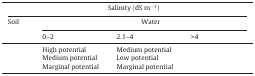
<table><thead><tr><td colspan="4"><b>Salinity (dS m<sup>−1</sup>)</b></td></tr><tr><td><b>Soil</b></td><td colspan="3"><b>Water</b></td></tr><tr><td>[EMPTY_CELL]</td><td><b>0–2</b></td><td><b>2.1–4</b></td><td><b>&gt;4</b></td></tr></thead><tbody><tr><td>[EMPTY_CELL]</td><td>High potential</td><td>Medium potential</td><td>[EMPTY_CELL]</td></tr><tr><td>[EMPTY_CELL]</td><td>Medium potential</td><td>Low potential</td><td>[EMPTY_CELL]</td></tr><tr><td>[EMPTY_CELL]</td><td>Marginal potential</td><td>Marginal potential</td><td>[EMPTY_CELL]</td></tr></tbody></table>